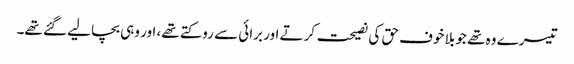
تیسرے وہ تھے جو بلا خوف حق کی نصیحت کرتے اور برائی سے روکتے تھے، اور وہی بچا لیے گئے تھے۔